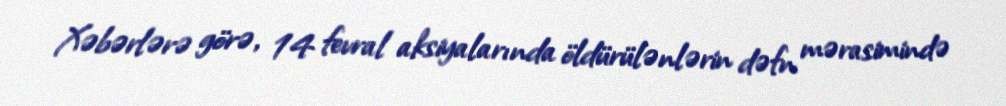
Xəbərlərə görə, 14 fevral aksiyalarında öldürülənlərin dəfn mərasimində